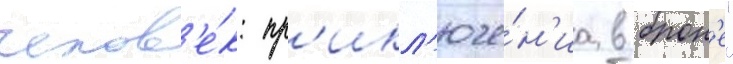
челов'е́к: пр'икл'юче́н'иа в брон'е"